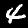
Digit: 4